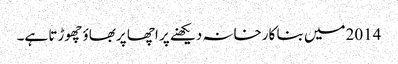
2014میں بنا کارخانہ دیکھنے پر اچھا پربھاؤ چھوڑتا ہے۔